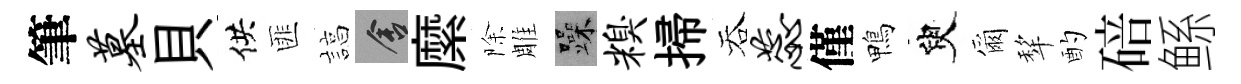
筆墓貝供匪諄舍縻除雕躁糗掃吞蕊僅鴨臾爾犂酌碚鲧